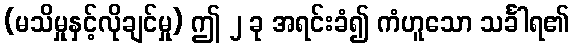
(မသိမှုနှင့်လိုချင်မှု) ဤ ၂ ခု အရင်းခံ၍ ကံဟူသော သင်္ခါရ၏